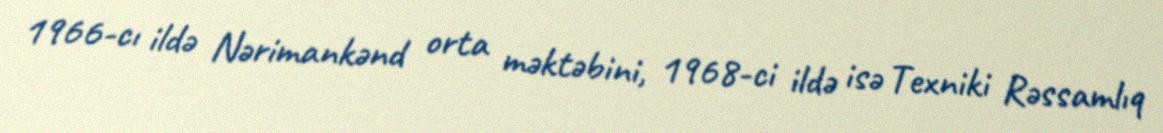
1966-cı ildə Nərimankənd orta məktəbini, 1968-ci ildə isə Texniki Rəssamlıq